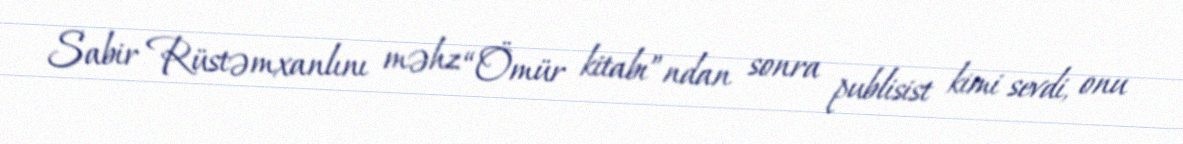
Sabir Rüstəmxanlını məhz “Ömür kitabı”ndan sonra publisist kimi sevdi, onu